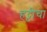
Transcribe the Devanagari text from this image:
हट्टीचा